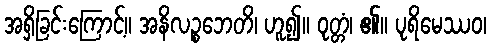
အရှိခြင်းကြောင့်။ အနိလဉ္စဘေတိ၊ ဟူ၍။ ဝုတ္တံ၊ ၏။ ပုရိမေဿဝ၊